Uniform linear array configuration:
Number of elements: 48
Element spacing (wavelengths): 0.25
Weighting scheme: blackman
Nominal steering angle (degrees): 30
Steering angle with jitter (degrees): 29.007
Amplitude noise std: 0.05
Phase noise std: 0.05

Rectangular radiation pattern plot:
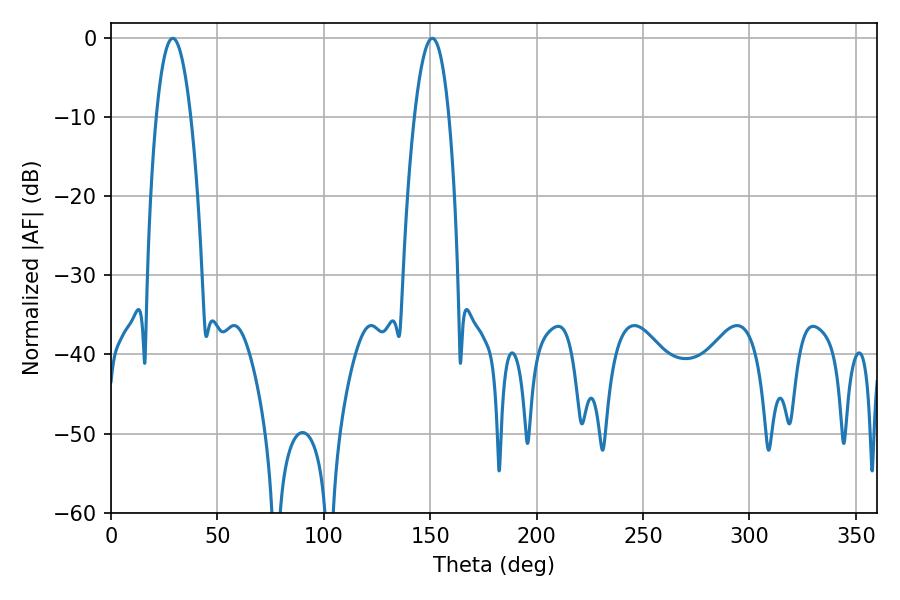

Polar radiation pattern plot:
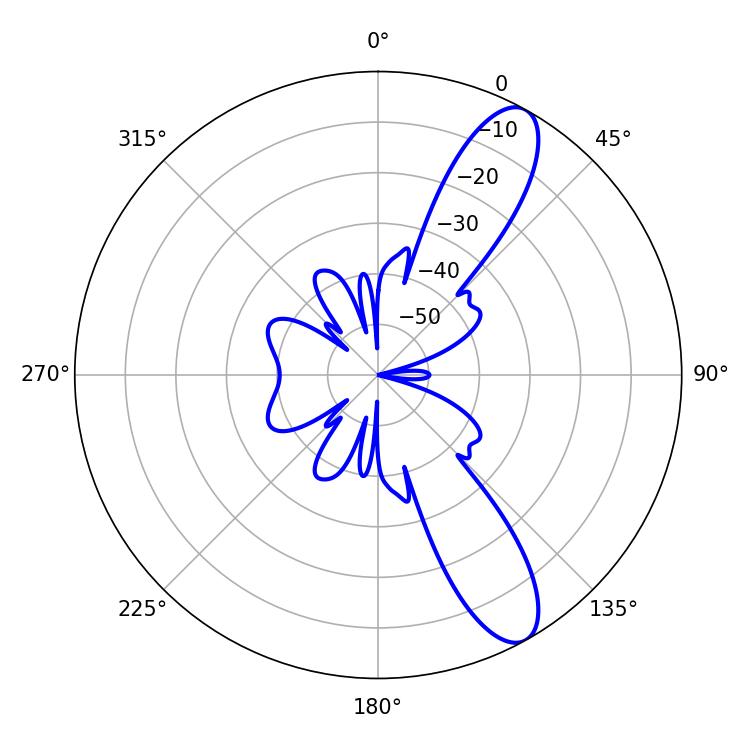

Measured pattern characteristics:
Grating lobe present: FALSE
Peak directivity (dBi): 10.878
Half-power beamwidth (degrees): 9
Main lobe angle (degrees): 28.98